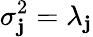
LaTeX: \sigma_{\mathbf{j}}^{2}=\lambda_{\mathbf{j}}